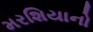
મરશિયાનો